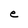
Character: e